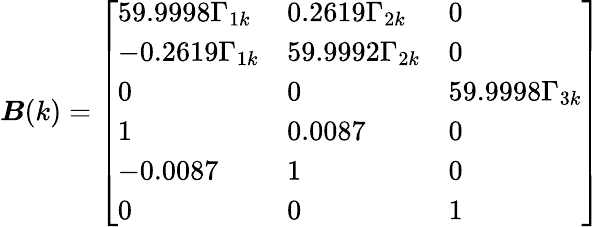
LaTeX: \boldsymbol{B}(k)=\left[\begin{array}{lll}{59.9998\Gamma_{1k}}&{0.2619\Gamma_{2k}}&{0}\\ {-0.2619\Gamma_{1k}}&{59.9992\Gamma_{2k}}&{0}\\ {0}&{0}&{59.9998\Gamma_{3k}}\\ {1}&{0.0087}&{0}\\ {-0.0087}&{1}&{0}\\ {0}&{0}&{1}\end{array}\right]